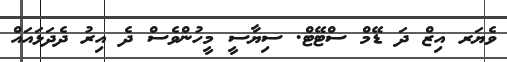
ވެޔަރ އިޒް ދަ ޑޭމް ސްޓޭޓް. ސިޔާސީ މީހުންވެސް ދެ އިރު ދެދަޅައައް